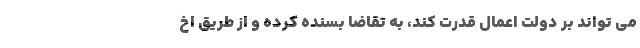
می تواند بر دولت اعمال قدرت کند، به تقاضا بسنده کرده و از طریق اخ